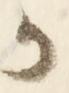
か